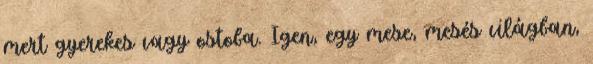
mert gyerekes vagy ostoba. Igen, egy mese, mesés világban,